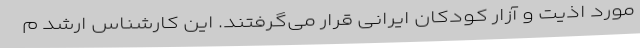
مورد اذیت و آزار کودکان ایرانی قرار می‌گرفتند. این کارشناس ارشد م